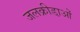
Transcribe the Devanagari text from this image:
जलक्रीडा़ओं